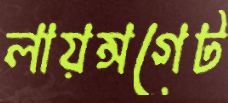
লায়ন্সগেট